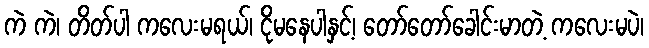
ကဲ ကဲ၊ တိတ်ပါ ကလေးမရယ်၊ ငိုမနေပါနှင့်၊ တော်တော်ခေါင်းမာတဲ့ ကလေးမပဲ၊